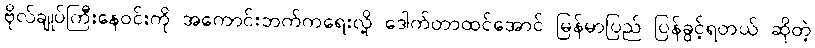
ဗိုလ်ချုပ်ကြီးနေဝင်းကို အကောင်းဘက်ကရေးလို့ ဒေါက်တာထင်အောင် မြန်မာပြည် ပြန်ခွင့်ရတယ် ဆိုတဲ့